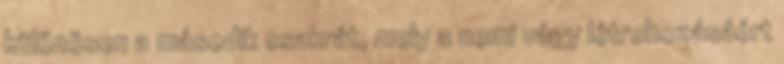
különösen a második csakrát, mely a nemi vágy létrehozásáért